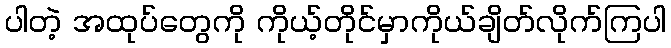
ပါတဲ့ အထုပ်တွေကို ကိုယ့်တိုင်မှာကိုယ်ချိတ်လိုက်ကြပါ